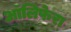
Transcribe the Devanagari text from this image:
ऑलिफेरा